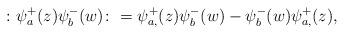
LaTeX: \begin{gather*}\colon \psi_{a}^{+}(z)\psi_{b}^{-}(w)\colon=\psi_{a,}^{+}(z)\psi_{b}^{-}(w)-\psi_{b}^{-}(w)\psi_{a,}^{+}(z),\end{gather*}